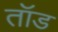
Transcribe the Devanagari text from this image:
तॉड